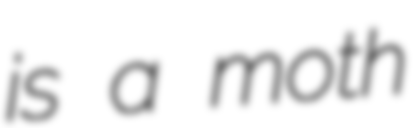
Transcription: is a moth